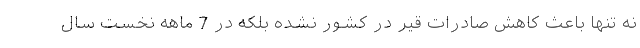
نه تنها باعث کاهش صادرات قیر در کشور نشده بلکه در 7 ماهه نخست سال